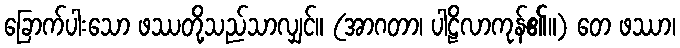
ခြောက်ပါးသော ဖဿတို့သည်သာလျှင်။ (အာဂတာ၊ ပါဠိလာကုန်၏။) တေ ဖဿာ၊